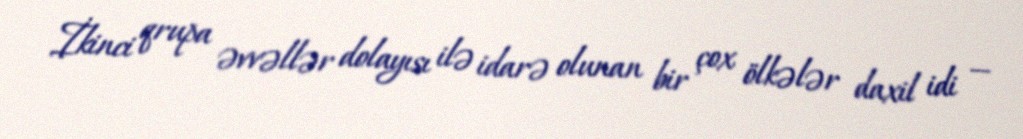
İkinci qrupa əvvəllər dolayısı ilə idarə olunan bir çox ölkələr daxil idi —